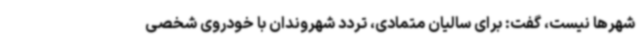
شهرها نیست، گفت: برای سالیان متمادی، تردد شهروندان با خودروی شخصی